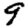
Digit: 9